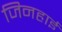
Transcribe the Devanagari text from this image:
जिनहाई